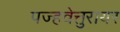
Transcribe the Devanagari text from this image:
पज्हवेत्तुरायर